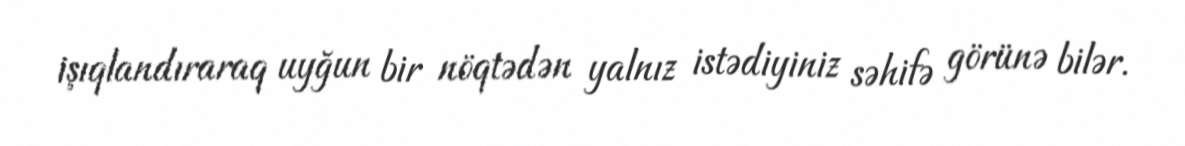
işıqlandıraraq uyğun bir nöqtədən yalnız istədiyiniz səhifə görünə bilər.